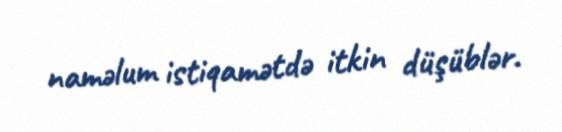
naməlum istiqamətdə itkin düşüblər.